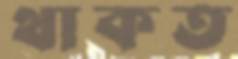
থাকত